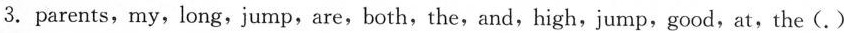
3.parents,my,long,jump,are,both,the,and,high,jump,good,at,the (.)